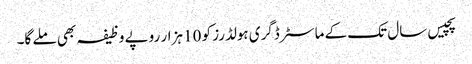
پچیس سال تک کے ماسٹر ڈگری ہولڈرز کو 10 ہزار روپے وظیفہ بھی ملے گا۔